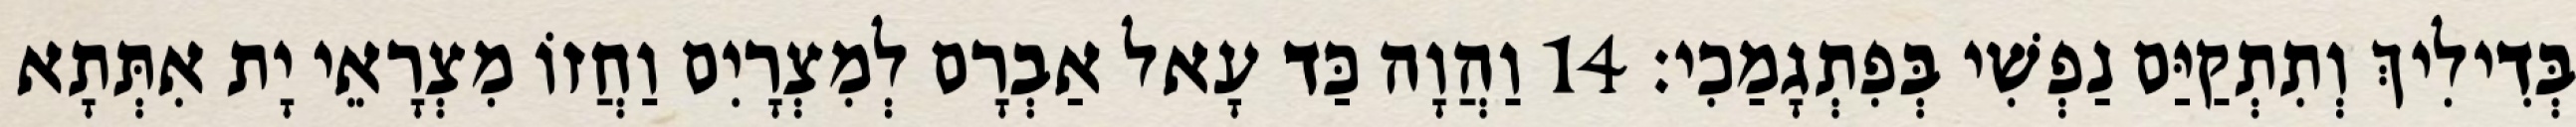
בְּדִילִיךְ וְתִתְקַיַּם נַפְשִׁי בְּפִתְגָמַכִי׃ 14 וַהֲוָה כַּד עָאל אַבְרָם לְמִצְרָיִם וַחֲזוֹ מִצְרָאֵי יָת אִתְּתָא